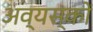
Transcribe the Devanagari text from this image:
अव्यस्कों